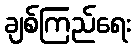
ချစ်ကြည်ရေး